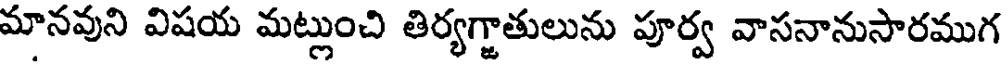
మానవుని విషయ మట్లుంచి తిర్యగ్జాతులును పూర్వ వాసనానుసారముగ